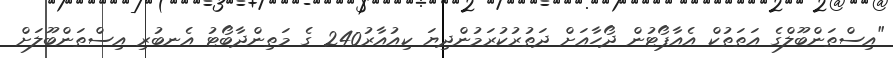
"އިސްތަންބޫލްގެ އަތަތުކް އެއާޕޯޓުން ދޯހާއަށް ދަތުރުކުރަމުންދިޔަ ކިއުއާރު240 ގެ މަތިންދާބޯޓު އެނބުރި އިސްތަންބޫލަށް